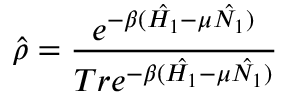
\hat { \rho } = \frac { e ^ { - \beta ( \hat { H _ { 1 } } - \mu \hat { N _ { 1 } } ) } } { T r e ^ { - \beta ( \hat { H _ { 1 } } - \mu \hat { N _ { 1 } } ) } }